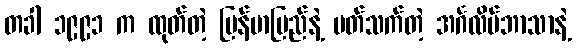
တခါ ၁၉၉၁ က ထုတ်တဲ့ မြန်မာပြည်နဲ့ ပတ်သက်တဲ့ အင်္ဂလိပ်ဘာသာနဲ့